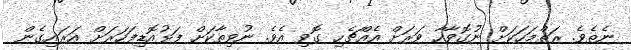
ނެތެވެ. ރަތްމަހަކަށް ނުގޮވާހާ ވަރަށް އެއްޗެހި ގޮވި އެވެ. ނުވިތާކަށް ފަޅުއޮޑިފަހަރަށް އަރައިގެން